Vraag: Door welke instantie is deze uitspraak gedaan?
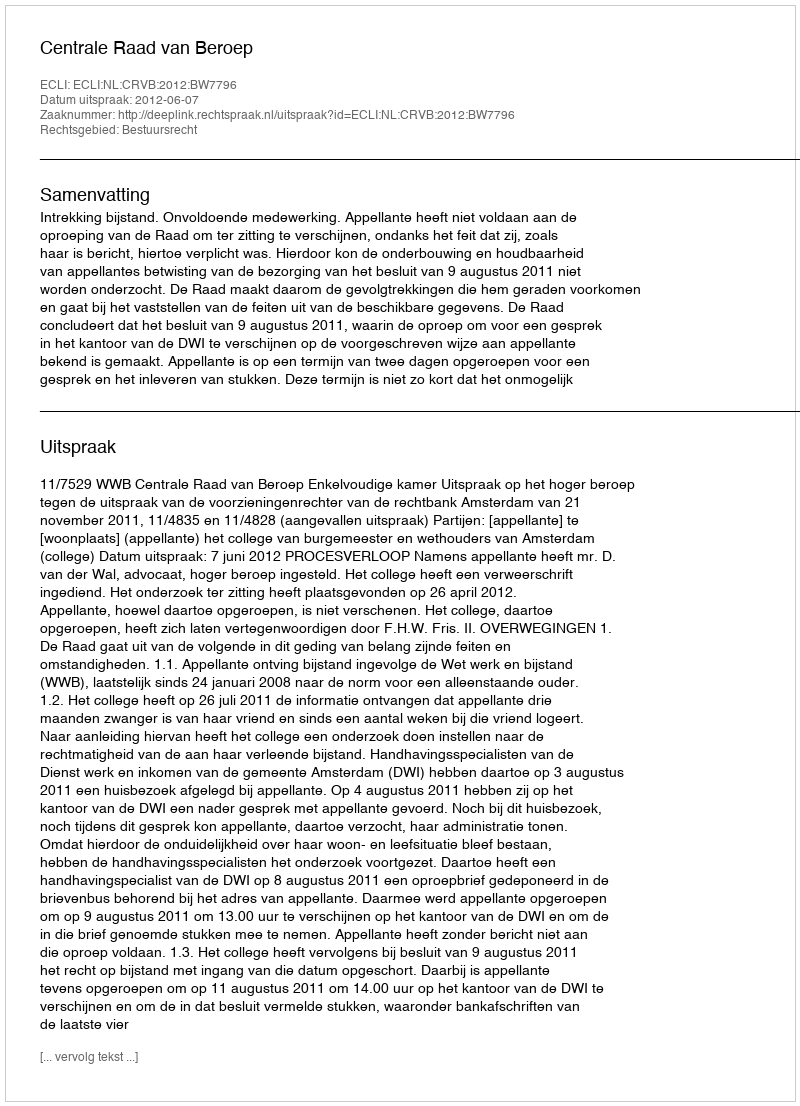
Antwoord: Centrale Raad van Beroep